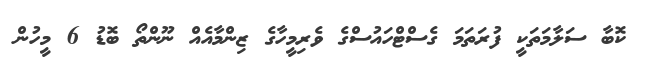
ކޮބާ ސަލާމަތަކީ ފުރަތަމަ ގެސްޓްހައުސްގެ ވެރިމީހާގެ ޒިންމާއެއް ނޫންތޯ ބޮޑު 6 މީހުން